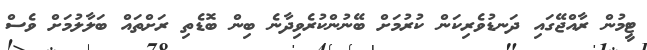
ޓީމުން ރާއްޖޭގައި ދަނޑުވެރިކަން ކުރުމަށް ބޭނުންކުރެވިދާނެ ބިން ބޮޑެތި ރަށްތައް ބަލާލުމަށް ވެސް